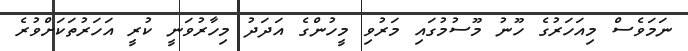
ނަމަވެސް މިއަހަރުގެ ހޫނު މޫސުމުގައި މަރުވި މީހުންގެ އަދަދު މިހާރުވަނީ ކުރީ އަހަރުތަކަށްވުރެ